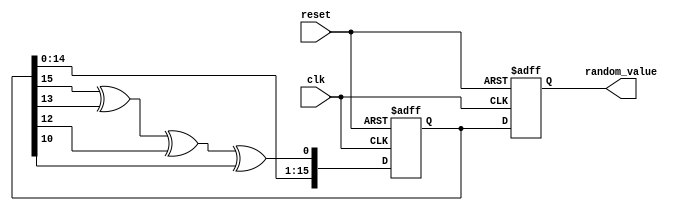
module random_initialization (
    input wire clk,             // Clock signal
    input wire reset,           // Asynchronous reset signal
    output reg [15:0] random_value // Random value output (16-bit as example)
);

    // Internal variables
    reg [15:0] lfsr;           // LFSR for random number generation
    wire feedback;             // Feedback signal

    // LFSR feedback generation (polynomial: x^16 + x^14 + x^13 + x^11 + 1)
    assign feedback = lfsr[15] ^ lfsr[13] ^ lfsr[12] ^ lfsr[10]; 

    // Random value generation process
    always @(posedge clk or posedge reset) begin
        if (reset) begin
            // Initialize registers on reset
            lfsr <= 16'hACE1; // Seed value
            random_value <= 16'b0; // Clear the random value output
        end else begin
            // Shift LFSR and assign output
            lfsr <= {lfsr[14:0], feedback}; // Shift left and input feedback
            random_value <= lfsr; // Update output value with current LFSR state
        end
    end

endmodule